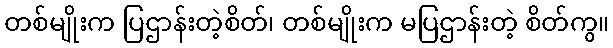
တစ်မျိုးက ပြဌာန်းတဲ့စိတ်၊ တစ်မျိုးက မပြဌာန်းတဲ့ စိတ်ကွ။